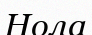
Нола